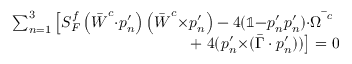
\begin{array} { r } { \sum _ { n = 1 } ^ { 3 } \left[ S _ { F } ^ { f } \left( \bar { \boldsymbol { W } } ^ { c } { \cdot } \boldsymbol { p } _ { n } ^ { \prime } \right) \left( \bar { \boldsymbol { W } } ^ { c } { \times } \boldsymbol { p } _ { n } ^ { \prime } \right) - 4 ( \mathbb { 1 } { - } \boldsymbol { p } _ { n } ^ { \prime } \boldsymbol { p } _ { n } ^ { \prime } ) { \cdot } \bar { \boldsymbol { \Omega } ^ { \textit { c } } } \right. } \\ { + \left. 4 ( \boldsymbol { p } _ { n } ^ { \prime } { \times } ( \bar { \boldsymbol { \Gamma } } \cdot \boldsymbol { p } _ { n } ^ { \prime } ) ) \right] = 0 } \end{array}